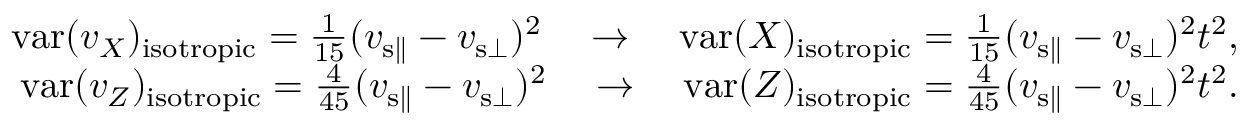
\begin{array} { r } { \mathrm { v a r } ( v _ { X } ) _ { \mathrm { i s o t r o p i c } } = \frac { 1 } { 1 5 } ( v _ { { \mathrm { s } } \parallel } - v _ { { \mathrm { s } } \bot } ) ^ { 2 } \quad \rightarrow \quad \mathrm { v a r } ( X ) _ { \mathrm { i s o t r o p i c } } = \frac { 1 } { 1 5 } ( v _ { { \mathrm { s } } \parallel } - v _ { { \mathrm { s } } \bot } ) ^ { 2 } t ^ { 2 } , } \\ { \mathrm { v a r } ( v _ { Z } ) _ { \mathrm { i s o t r o p i c } } = \frac { 4 } { 4 5 } ( v _ { { \mathrm { s } } \parallel } - v _ { { \mathrm { s } } \bot } ) ^ { 2 } \quad \rightarrow \quad \mathrm { v a r } ( Z ) _ { \mathrm { i s o t r o p i c } } = \frac { 4 } { 4 5 } ( v _ { { \mathrm { s } } \parallel } - v _ { { \mathrm { s } } \bot } ) ^ { 2 } t ^ { 2 } . } \end{array}